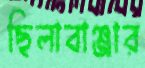
ছিলাবাঞ্জার